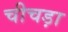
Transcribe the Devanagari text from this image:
चीचड़ा